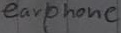
Text: earphone